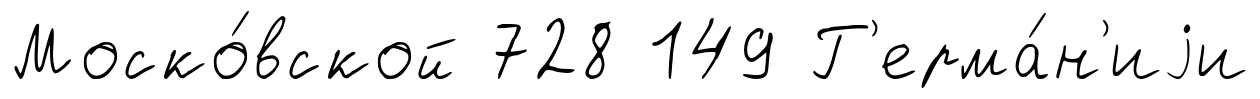
Моско́вской 728 149 Г'ерма́н'иjи